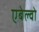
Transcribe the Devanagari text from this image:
एबेल्वो